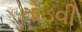
તોડવી